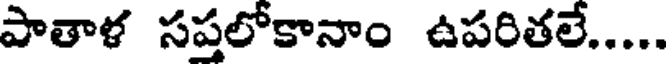
పాతాళ సప్తలోకానాం ఉపరితలే.....